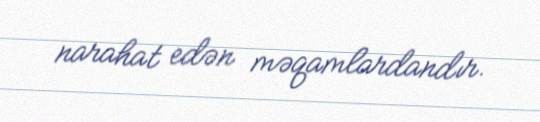
narahat edən məqamlardandır.